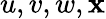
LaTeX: u,v,w,\mathbf{x}